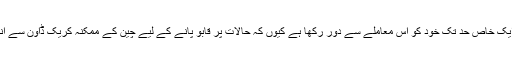
مغربی ممالک اور بالخصوص یورپ نے ایک خاص حد تک خود کو اس معاملے سے دور رکھا ہے کیوں کہ حالات پر قابو پانے کے لیے چین کے ممکنہ کریک ڈاؤن سے انہیں اپنے مفادات متاثر ہونے کا اندازہ ہے۔